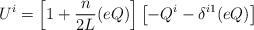
\begin{align*}U^{i} = \left[1+\frac{n}{2L}(eQ)\right] \left[-Q^{i} - \delta^{i1}(eQ)\right]\end{align*}